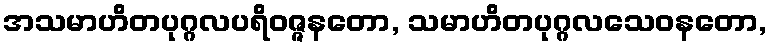
အသမာဟိတပုဂ္ဂလပရိဝဇ္ဇနတော, သမာဟိတပုဂ္ဂလသေဝနတော,